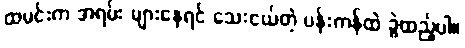
ထမင်းက အရမ်း များနေရင် သေးငယ်တဲ့ ပန်းကန်ထဲ ခွဲထည့်ပါ။